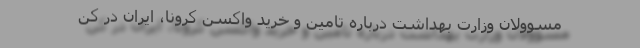
مسوولان وزارت بهداشت درباره تامین و خرید واکسن کرونا، ایران در کن